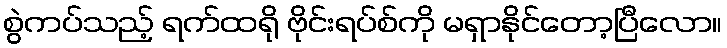
စွဲကပ်သည့် ရက်ထရို ဗိုင်းရပ်စ်ကို မရှာနိုင်တော့ပြီလော။